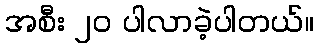
အစီး ၂၀ ပါလာခဲ့ပါတယ်။